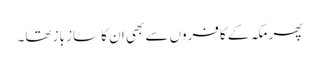
پھر مکہ کے کافروں سے بھی ان کا ساز باز تھا۔